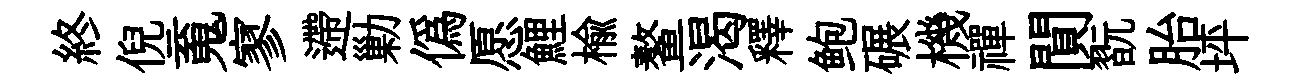
終倪䰟寥遰勦偽愿鯉楡鳌渴釋鲍碾機禪閴翫胎坪